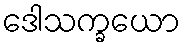
ဒေါသက္ခယော